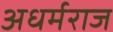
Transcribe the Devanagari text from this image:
अधर्मराज